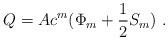
LaTeX: \begin{align*}Q = A c^{m} (\Phi_{m} + \frac{1}{2} S_{m})~.\end{align*}